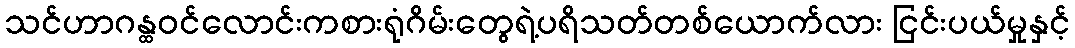
သင်ဟာဂန္ထဝင်လောင်းကစားရုံဂိမ်းတွေရဲ့ပရိသတ်တစ်ယောက်လား ငြင်းပယ်မှုနှင့်